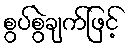
စွပ်စွဲချက်ဖြင့်